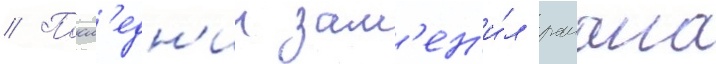
// Посл'едн'ии зам'ен'и́л раиана